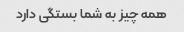
همه چیز به شما بستگی دارد